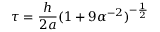
\tau = \frac { h } { 2 a } ( 1 + 9 \alpha ^ { - 2 } ) ^ { - \frac { 1 } { 2 } }